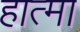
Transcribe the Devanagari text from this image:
हात्मा